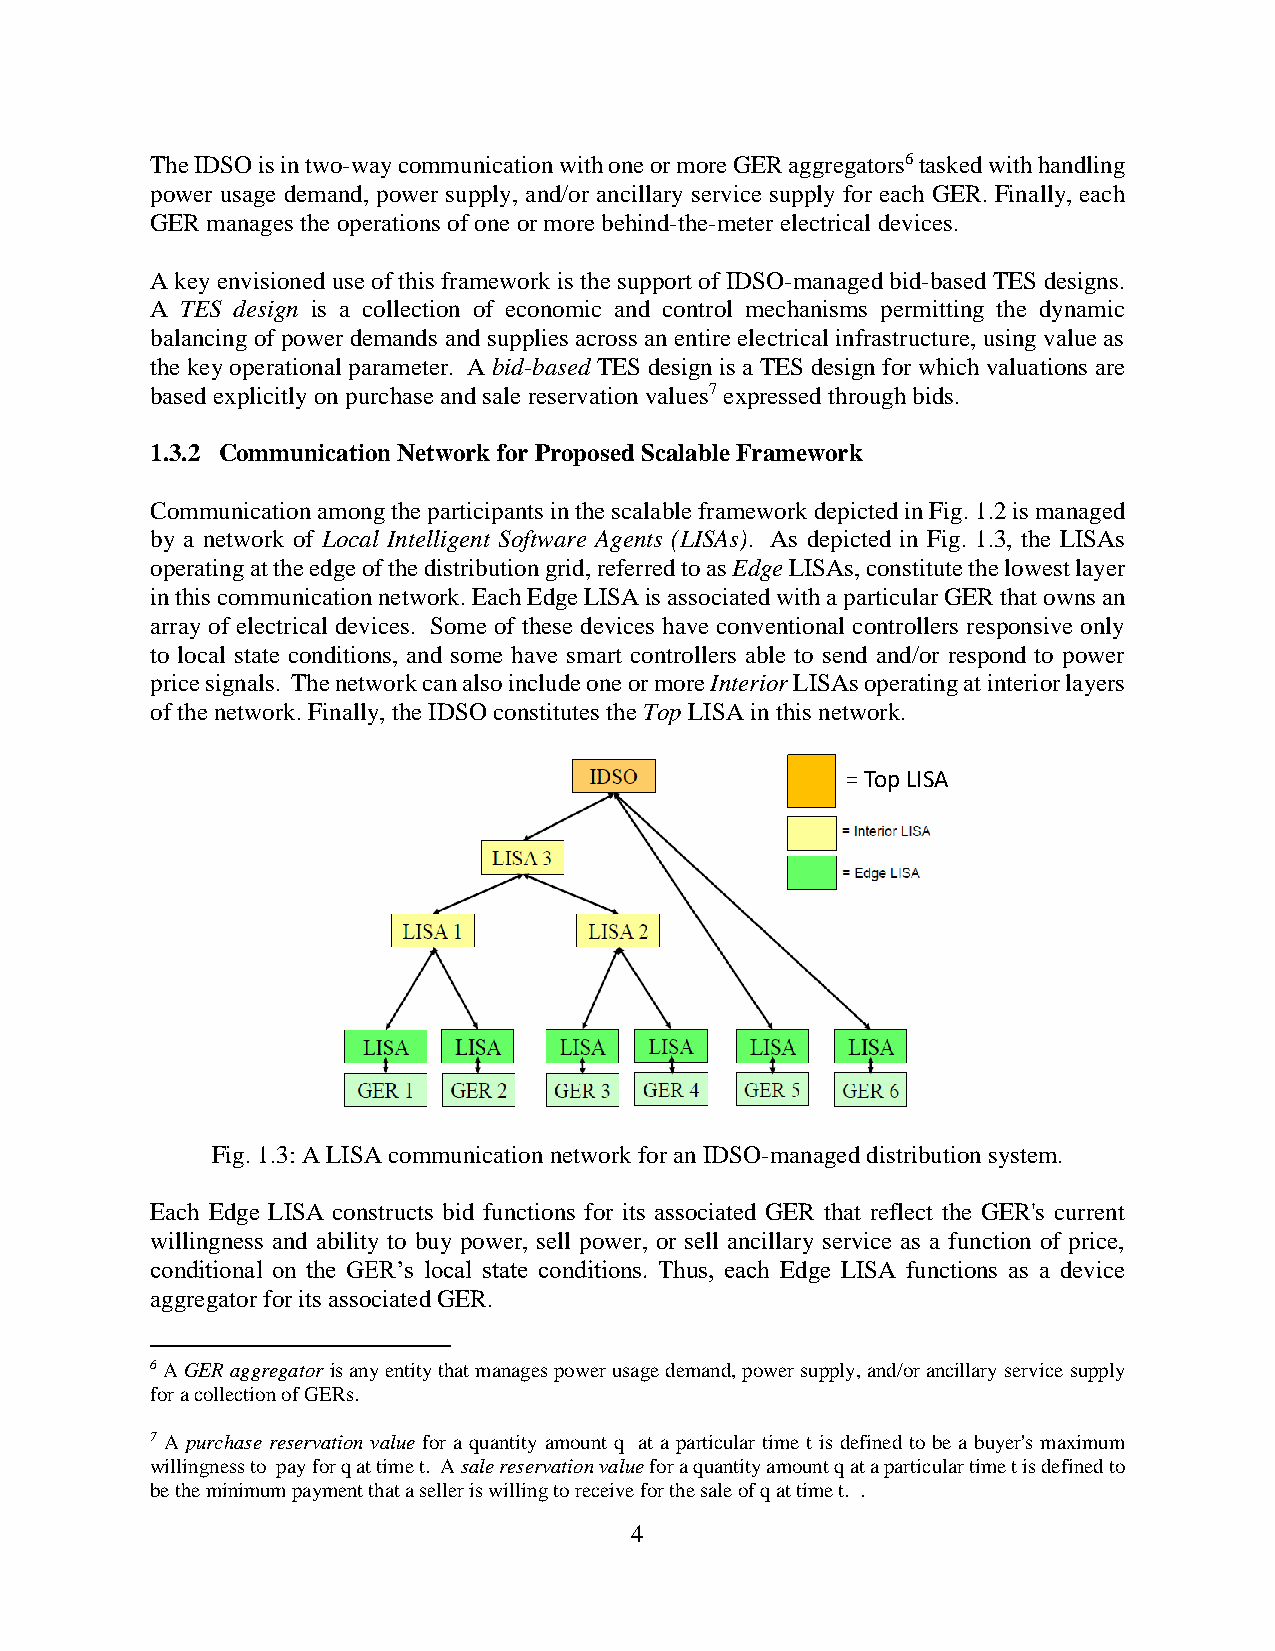
The IDSO is in two-way communication with one or more GER aggregators6 tasked with handling
 power usage demand, power supply, and/or ancillary service supply for each GER. Finally, each
 GER manages the operations of one or more behind-the-meter electrical devices.
 A key envisioned use of this framework is the support of IDSO-managed bid-based TES designs.
 A TES design is a collection of economic and control mechanisms permitting the dynamic
 balancing of power demands and supplies across an entire electrical infrastructure, using value as
 the key operational parameter. A bid-based TES design is a TES design for which valuations are
 based explicitly on purchase and sale reservation values7 expressed through bids.
 1.3.2 Communication Network for Proposed Scalable Framework
 Communication among the participants in the scalable framework depicted in Fig. 1.2 is managed
 by a network of Local Intelligent Software Agents (LISAs). As depicted in Fig. 1.3, the LISAs
 operating at the edge of the distribution grid, referred to as Edge LISAs, constitute the lowest layer
 in this communication network. Each Edge LISA is associated with a particular GER that owns an
 array of electrical devices. Some of these devices have conventional controllers responsive only
 to local state conditions, and some have smart controllers able to send and/or respond to power
 price signals. The network can also include one or more Interior LISAs operating at interior layers
 of the network. Finally, the IDSO constitutes the Top LISA in this network.
 = Top LISA
 Fig. 1.3: A LISA communication network for an IDSO-managed distribution system.
 Each Edge LISA constructs bid functions for its associated GER that reflect the GER's current
 willingness and ability to buy power, sell power, or sell ancillary service as a function of price,
 conditional on the GER’s local state conditions. Thus, each Edge LISA functions as a device
 aggregator for its associated GER.
 6 A GER aggregator is any entity that manages power usage demand, power supply, and/or ancillary service supply
 for a collection of GERs.
 7 A purchase reservation value for a quantity amount q at a particular time t is defined to be a buyer's maximum
 willingness to pay for q at time t. A sale reservation value for a quantity amount q at a particular time t is defined to
 be the minimum payment that a seller is willing to receive for the sale of q at time t. .
 4